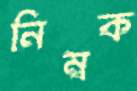
নিম্বক